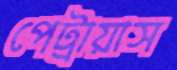
পেট্রায়াস